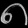
Digit: ၈